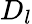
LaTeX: D_{l}